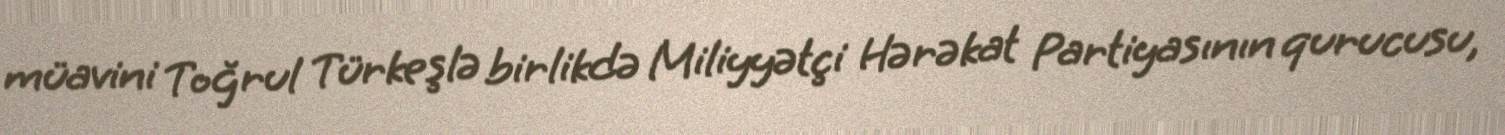
müavini Toğrul Türkeşlə birlikdə Miliyyətçi Hərəkat Partiyasının qurucusu,